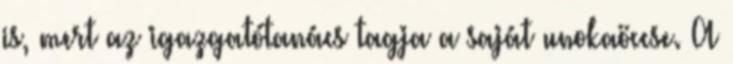
is, mert az igazgatótanács tagja a saját unokaöccse. A